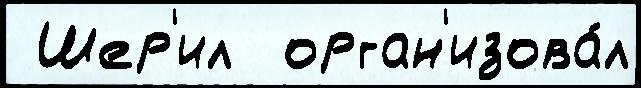
 Шер'ил  орган'изова́л